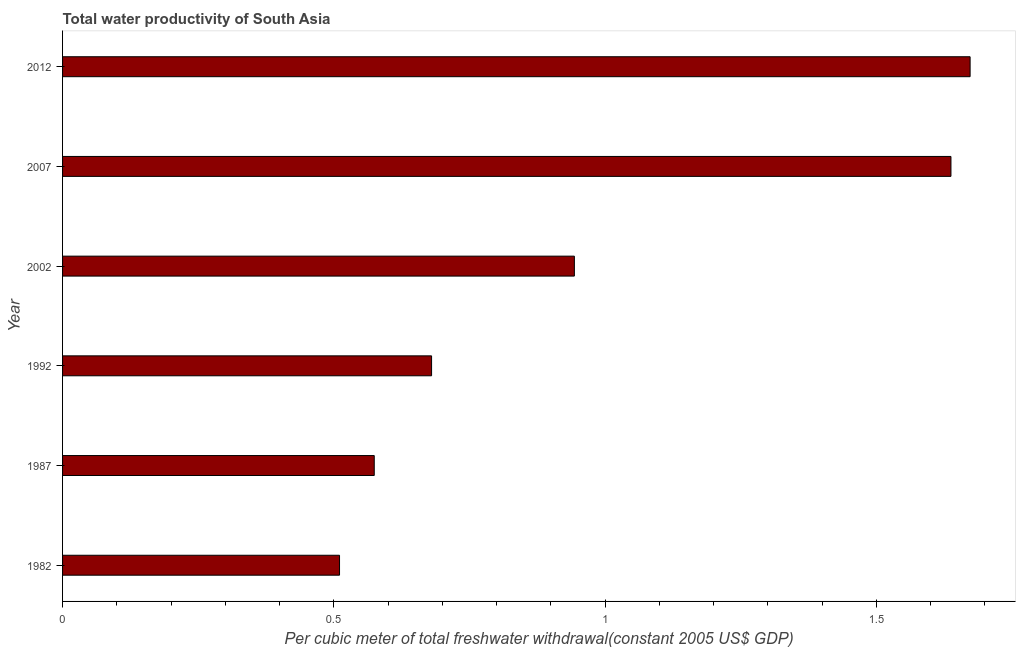
| Year | Water productivity |
 | --- | --- |
 | 1982 | 0.51 |
 | 1987 | 0.574 |
 | 1992 | 0.68 |
 | 2002 | 0.943 |
 | 2007 | 1.64 |
 | 2012 | 1.67 |